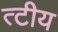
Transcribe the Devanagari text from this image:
त्टीय